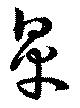
皐